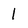
Character: l